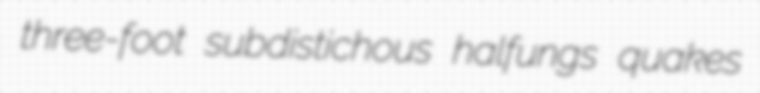
three-foot subdistichous halfungs quakes